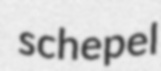
schepel